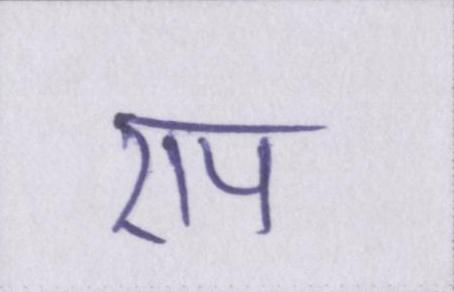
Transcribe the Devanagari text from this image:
एप